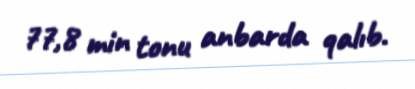
77,8 min tonu anbarda qalıb.